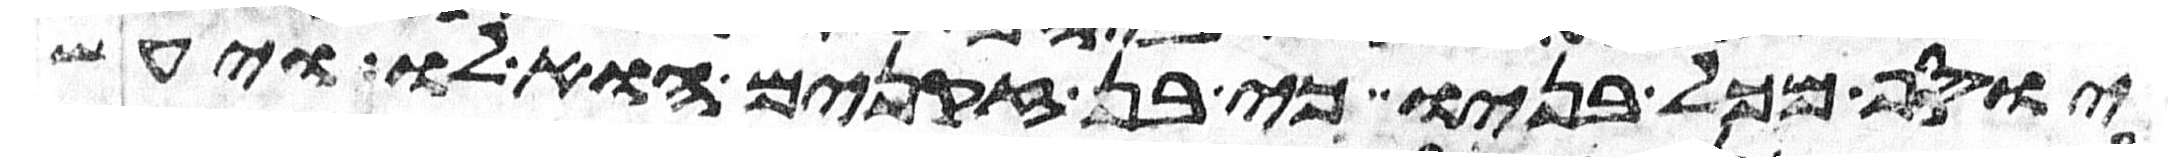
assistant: יוסף מכל בניו כי בן זקנים הוא לו ויעש